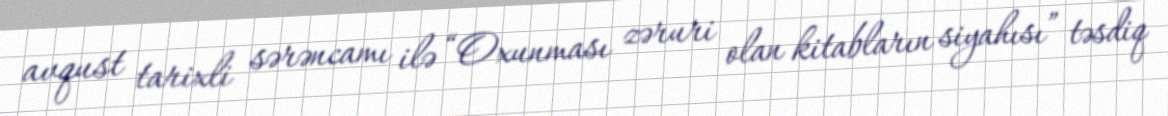
avqust tarixli sərəncamı ilə “Oxunması zəruri olan kitabların siyahısı” təsdiq